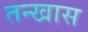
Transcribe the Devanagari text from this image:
तन्खास